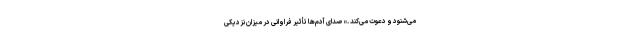
می‌شنود و دعوت می‌کند .» صدای آدم‌ها تأثیر فراوانی در میزان نزدیکی